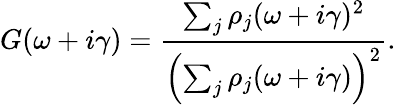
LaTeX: G(\omega+i\gamma)=\frac{\sum_{j}\rho_{j}(\omega+i\gamma)^{2}}{\left(\sum_{j}\rho_{j}(\omega+i\gamma)\right)^{2}}.